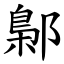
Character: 鄡